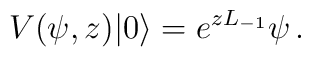
V(\psi,z)|0\rangle=e^{zL_{-1}}\psi\,.